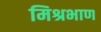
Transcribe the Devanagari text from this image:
मिश्रभाण